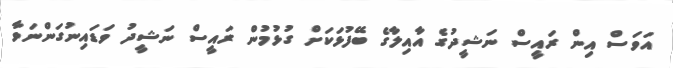
އަވަސް އިން ރައީސް ނަޝީދުގެ އާއިލާގެ ބޭފުޅަކަށް ގުޅުމުން ރައީސް ނަޝީދު ވަޑައިނުގަންނަވާ